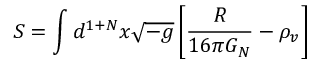
S = \int d ^ { 1 + N } x \sqrt { - g } \left[ \frac { R } { 1 6 \pi G _ { N } } - \rho _ { v } \right]